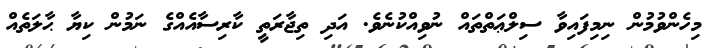
މިހެންވުމުން ނިމިފައިވާ ސިލްޢަތްތައް ނުވިއްކުނެވެ. އަދި ތިޖާރަތީ ކާރިސާއެއްގެ ނަމުން ކިޔާ ޙާލަތެއް